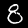
Digit: 8